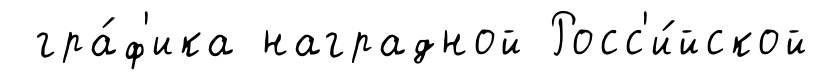
гра́ф'ика наградной Росс'и́йской